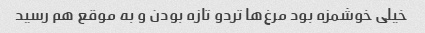
خیلی خوشمزه بود مرغ‌ها تردو تازه بودن و به موقع هم رسید